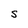
Character: S